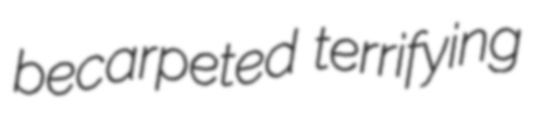
becarpeted terrifying